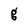
Character: g